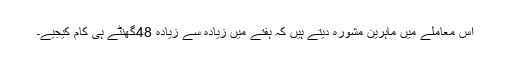
اس معاملے میں ماہرین مشورہ دیتے ہیں کہ ہفتے میں زیادہ سے زیادہ 48گھنٹے ہی کام کیجیے۔